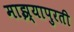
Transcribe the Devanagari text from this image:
माझ्यापुरती